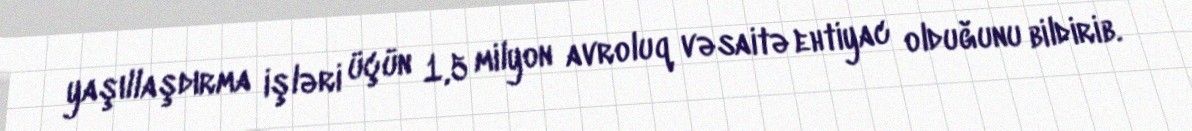
yaşıllaşdırma işləri üçün 1,5 milyon avroluq vəsaitə ehtiyac olduğunu bildirib.